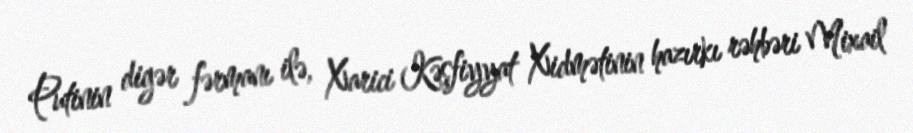
Putinin digər fərmanı ilə, Xarici Kəşfiyyat Xidmətinin hazırkı rəhbəri Mixail